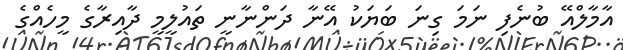
އާމާލްއޭ ބުނެފި ނަމަ ގިނަ ބަޔަކު އޭނާ ދަންނާނީ ތައުލީމީ ދާއިރާގެ މީހެއްގެ